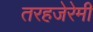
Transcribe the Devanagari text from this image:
तरहजेरेमी